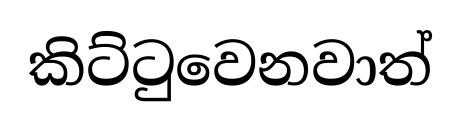
කිට්ටුවෙනවාත්